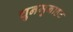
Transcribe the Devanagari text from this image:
चुनमुनाहट